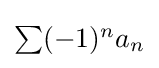
{\textstyle \sum (-1)^{n}a_{n}}